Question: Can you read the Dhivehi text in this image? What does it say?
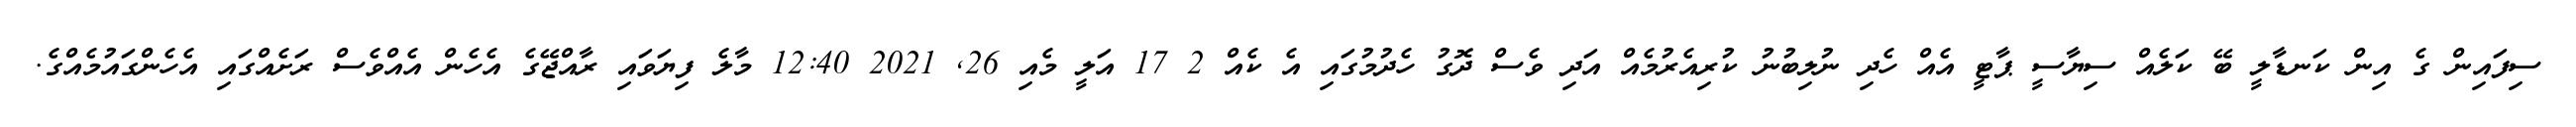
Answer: ސިފައިން ގެ އިން ކަނޑާލީ ބޭ ކަލެއް ސިޔާސީ ޕާޓީ އެއް ހެދި ނުލިބުނު ކުރިއެރުމެއް އަދި ވެސް ދޮގު ހެދުމުގައި އެ ކެއް 2 17 އަލީ މެއި 26, 2021 12:40 މާލެ ފިޔަވައި ރާއްޖޭގެ އެހެން އެއްވެސް ރަށެއްގައި އެހެންގައުމެއްގެ.